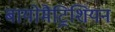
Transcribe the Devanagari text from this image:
बायोमैट्रिशियन